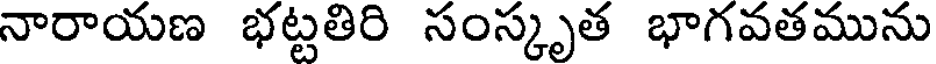
నారాయణ భట్టతిరి సంస్కృత భాగవతమును